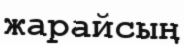
жарайсың